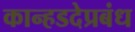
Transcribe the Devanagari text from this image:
कान्हडदेप्रबंध